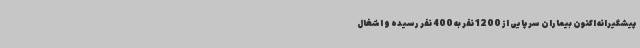
پیشگیرانه اکنون بیماران سرپایی از 1200 نفر به 400 نفر رسیده و اشغال